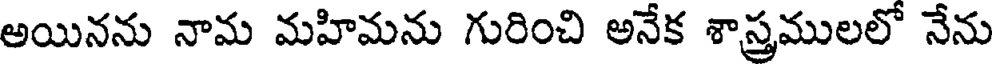
అయినను నామ మహిమను గురించి అనేక శాస్త్రములలో నేను